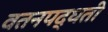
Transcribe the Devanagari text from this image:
वतनपद्धती